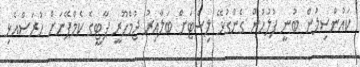
ކައުންސިލުން ބުނީ ފުލުހުން ގެންގުޅޭ ލިސްޓަށް ބަލާއިރު ޖުމްހޫރީ ޕާޓީގެ ކެމްޕޭނަށް ހުރަސްއެޅި